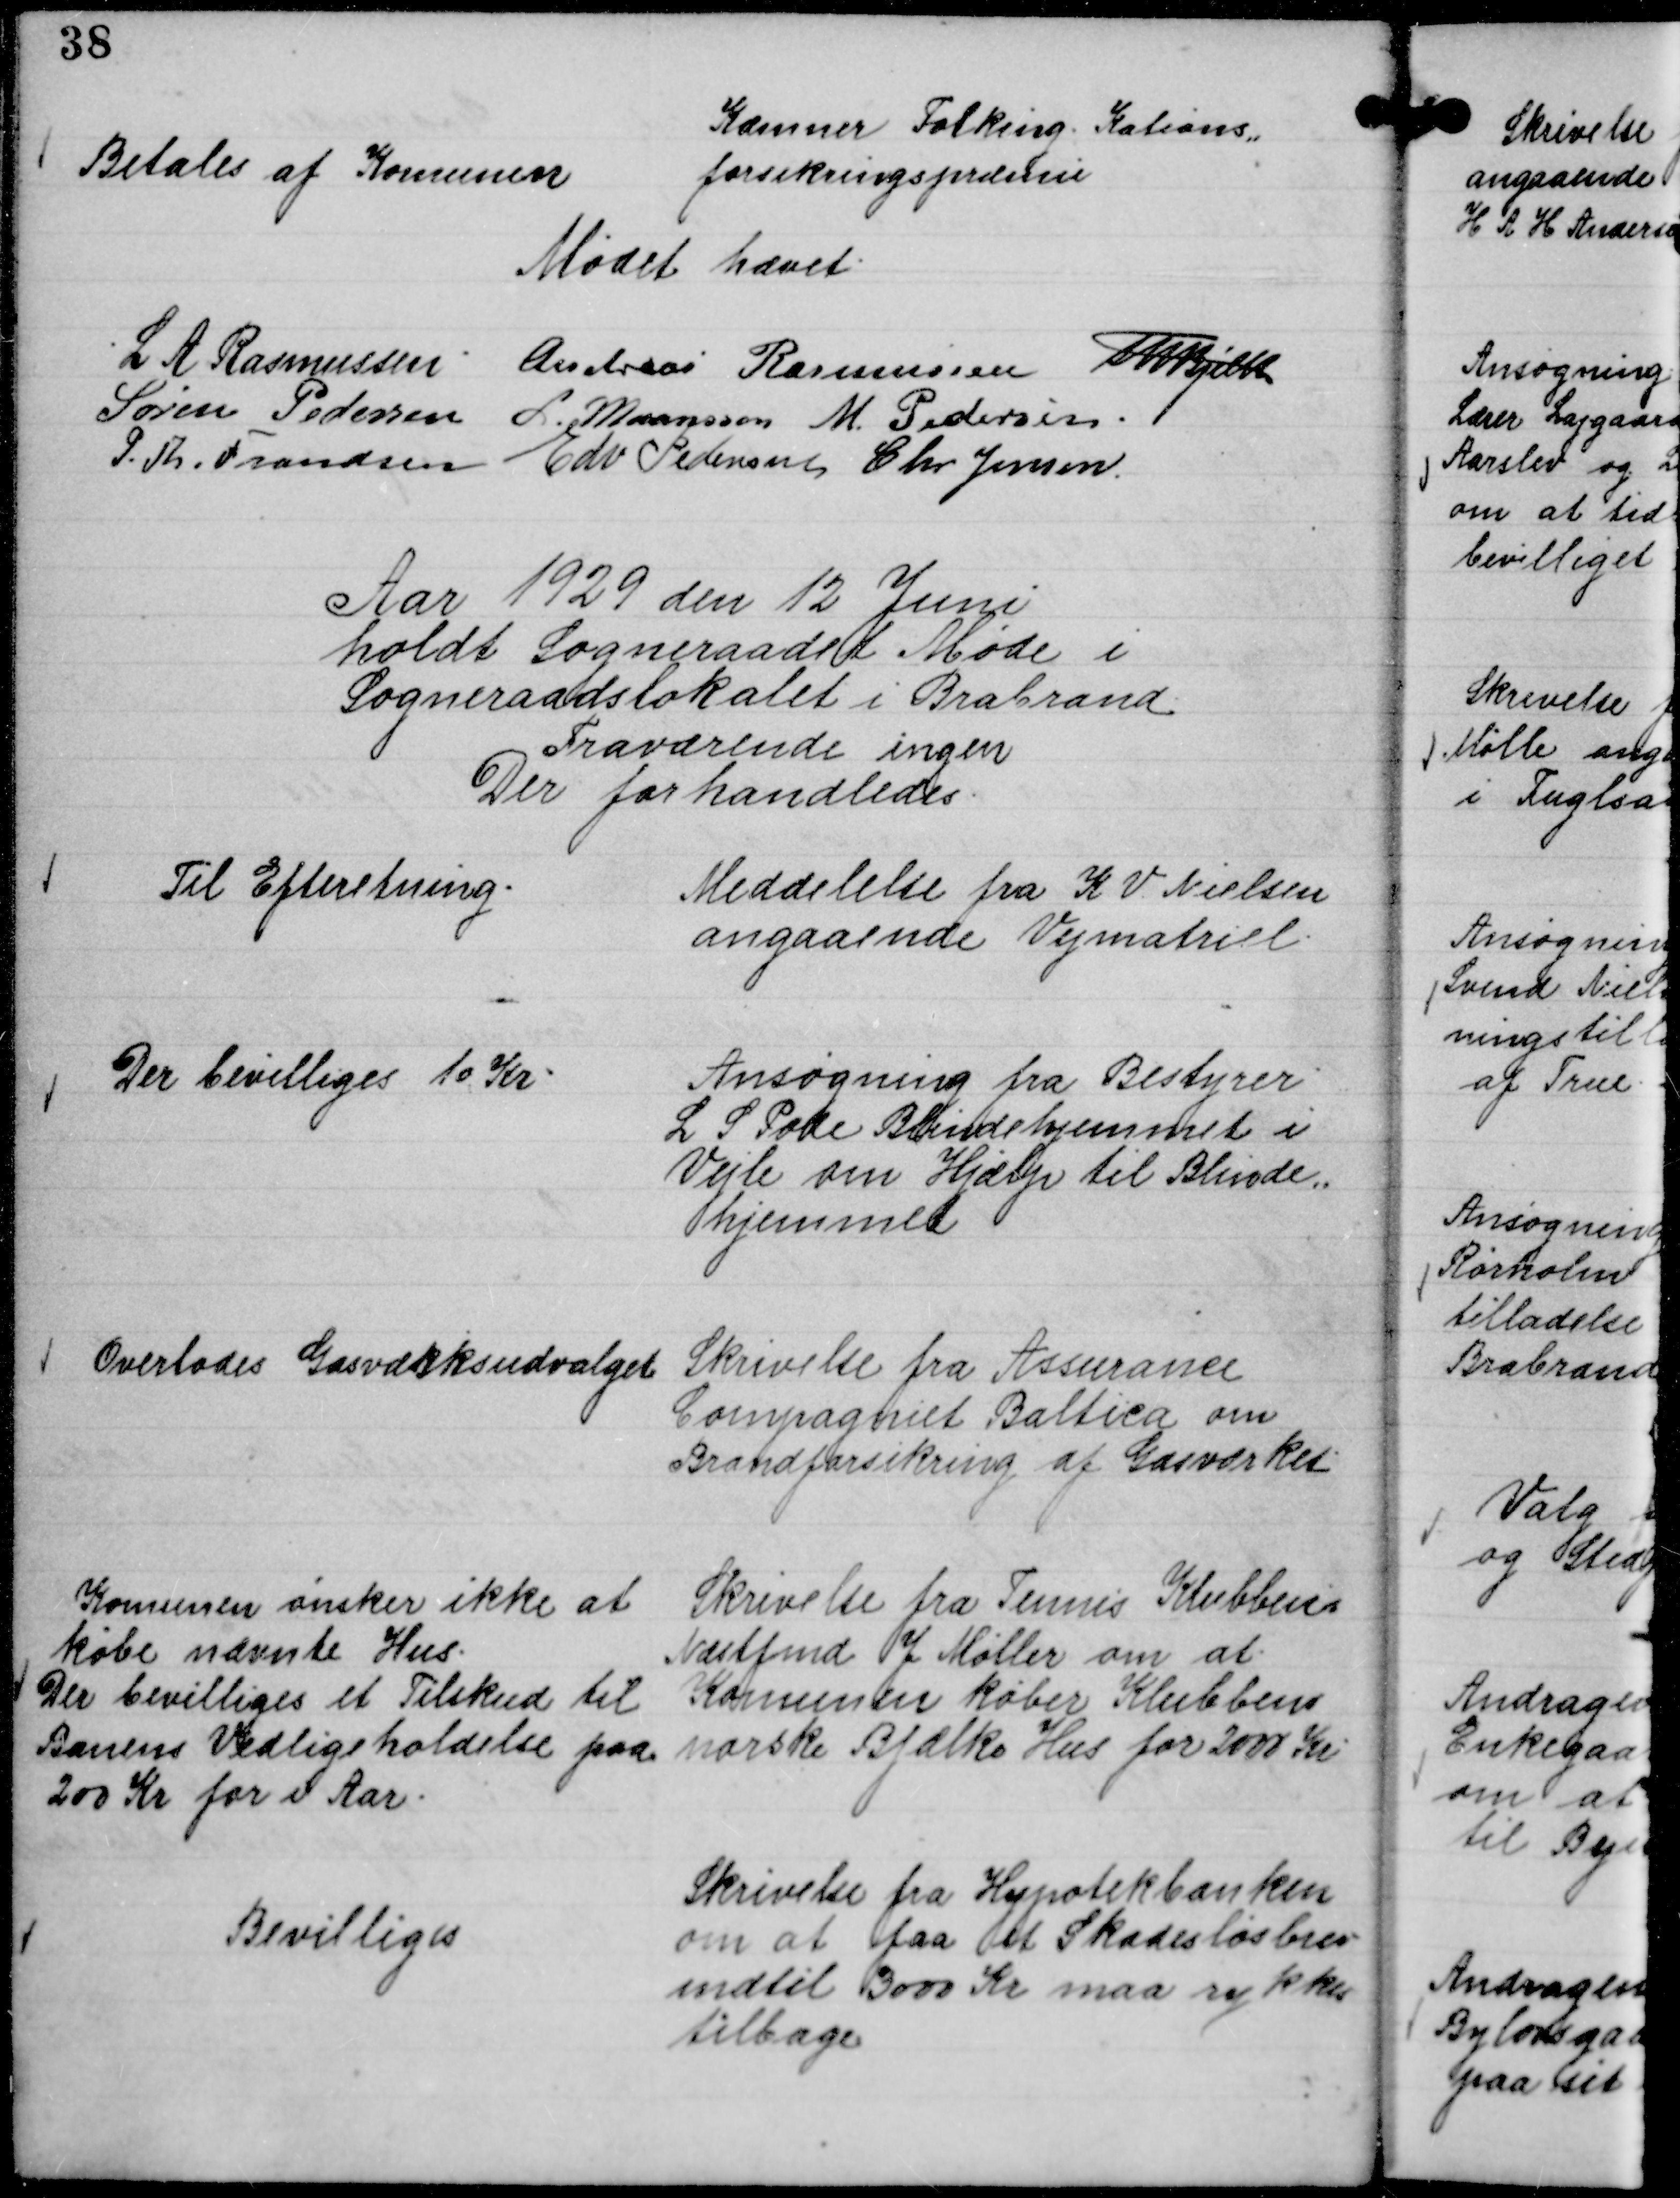
Transskription:
Kæmner Folking Kations,,
forsikringspræmie

Betales af Komunen

Mødet hævet.
L A Rasmussen.
Andreas Rasmussen
Th Bjelke
Søren Pedersen
L. Maansson
M. Pedersen.
P. Th. Frandsen
Edv Pedersen
Chr. Jensen.

Aar 1929 den 12 Juni
holdt Sogneraadet Møde i
Sogneraadslokalet i Brabrand
Fraværende ingen
Der forhandledes.

Meddelelse fra K. V. Nielsen
angaaende Vejmatriel.

Til Efterretning.

Ansøgning fra Bestyrer
L S Pode Blindehjemmet i
Vejle om Hjælp til Blinde,,
hjemmet

Der bevilliges 10 Kr.

Skrivelse fra Assurance
Compagniet Baltica om
Brandforsikring af Gasværket.

Overlodes Gasværksudvalget

Skrivelse fra Tennis Klubbens
Næstfmd J Møller om at
Komunen køber Klubbens
norske Blælke Hus for 2000 Kr.

Komunen ønsker ikke at
købe nævnte Hus.
Der bevilliges et Tilskud til
Banens Vedligeholdelse paa
200 Kr for i Aar.

Skrivelse fra Hypotekbanken
om at faa et Skadesløsbrev
indtil 3000 Kr maa rykkes
tilbage

Bevilliges